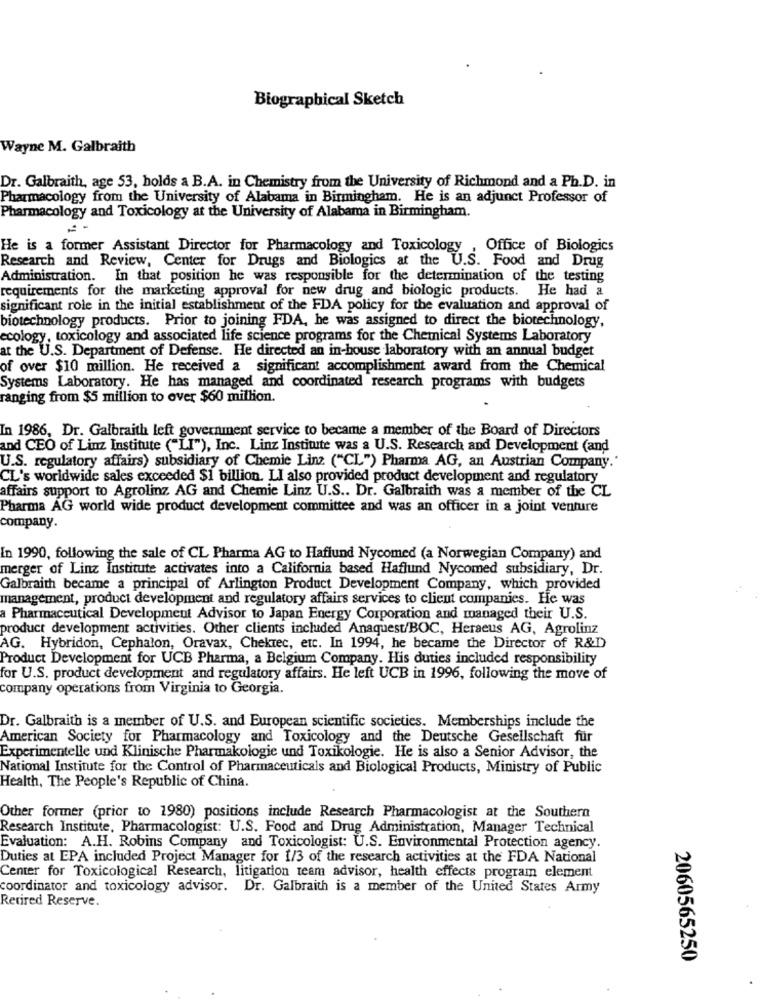
Biographical Sketch
Wayne M. Galbraith
Dr. Galbraith, age 53, holds a B.A. in Chemistry from the University of Richmond and a Ph.D. in
Pharmacology from the University of Alabama in Birmingham. He is an adjunct Professor of
Pharmacology and Toxicology at the University of Alabama in Birmingham.
He is a former Assistant Director for Pharmacology and Toxicology
Office of Biologics
Research and Review, Center for Drugs and Biologics at the U.S. Food and Drug
Administration. In that position he was responsible for the determination of the testing
requirements for the marketing approval for new drug and biologic products. He had a
significant role in the initial establishment of the FDA policy for the evaluation and approval of
biotechnology products. Prior to joining FDA, he was assigned to direct the biotechnology,
ecology, toxicology and associated life science programs for the Chemical Systems Laboratory
at the U.S. Department of Defense. He directed an in-house laboratory with an annual budget
of over $10 million. He received a significant accomplishment award from the Chemical
Systems Laboratory. He has managed and coordinated research programs with budgets
ranging from $5 million to over $60 million.
In 1986, Dr. Galbraith left government service to became a member of the Board of Directors
and CEO of Linz Institute ("LI"), Inc. Linz Institute was a U.S. Research and Development (and
U.S. regulatory affairs) subsidiary of Chemie Linz ("CL") Pharma AG, an Austrian Company."
CL's worldwide sales exceeded $1 billion. LI also provided product development and regulatory
affairs support to Agrolinz AG and Chemie Linz U.S .. Dr. Galbraith was a member of the CL
Pharma AG world wide product development committee and was an officer in a joint venture
company.
In 1990, following the sale of CL Pharma AG to Haflund Nycomed (a Norwegian Company) and
merger of Linz Institute activates into a California based Haflund Nycomed subsidiary, Dr.
Galbraith became a principal of Arlington Product Development Company, which provided
management, product development and regulatory affairs services to client companies. He was
a Pharmaceutical Development Advisor to Japan Energy Corporation and managed their U.S.
product development activities. Other clients included Anaquest/BOC, Heraeus AG, Agrolinz
AG. Hybridon, Cephalon, Oravax, Chektec, etc. In 1994, he became the Director of R&D
Product Development for UCB Pharma, a Belgium Company. His duties included responsibility
for U.S. product development and regulatory affairs. He left UCB in 1996, following the move of
company operations from Virginia to Georgia.
Dr. Galbraith is a member of U.S. and European scientific societies. Memberships include the
American Society for Pharmacology and Toxicology and the Deutsche Gesellschaft für
Experimentelle und Klinische Pharmakologie und Toxikologie. He is also a Senior Advisor, the
National Institute for the Control of Pharmaceuticals and Biological Products, Ministry of Public
Health, The People's Republic of China.
Other former (prior to 1980) positions include Research Pharmacologist at the Southern
Research Institute, Pharmacologist: U.S. Food and Drug Administration, Manager Technical
Evaluation: A.H. Robins Company and Toxicologist: U.S. Environmental Protection agency.
Duties at EPA included Project Manager for 1/3 of the research activities at the FDA National
Center for Toxicological Research, litigation team advisor, health effects program element
coordinator and toxicology advisor. Dr. Galbraith is a member of the United States Army
Retired Reserve.
2060565250